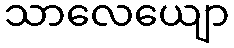
သာလေယျော